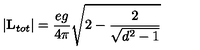
\vert { \bf L } _ { t o t } \vert = { \frac { e g } { 4 \pi } } \sqrt { 2 - { \frac { 2 } { \sqrt { d ^ { 2 } - 1 } } } }